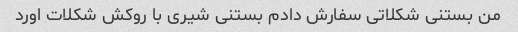
من بستنی شکلاتی سفارش دادم بستنی شیری با روکش شکلات اورد